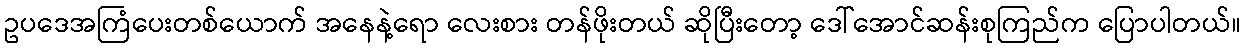
ဥပဒေအကြံပေးတစ်ယောက် အနေနဲ့ရော လေးစား တန်ဖိုးတယ် ဆိုပြီးတော့ ဒေါ်အောင်ဆန်းစုကြည်က ပြောပါတယ်။